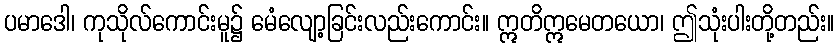
ပမာဒေါ၊ ကုသိုလ်ကောင်းမူ၌ မေံလျော့ခြင်းလည်းကောင်း။ ဣတိဣမေတယော၊ ဤသုံးပါးတို့တည်း။